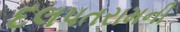
દલપતરામની